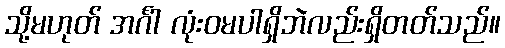
သို့မဟုတ် အင်္ဂါ လုံးဝမပါရှိဘဲလည်းရှိတတ်သည်။